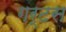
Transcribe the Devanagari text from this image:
गर्टस